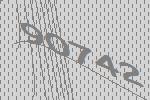
90742